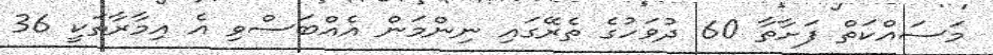
މަސައްކަތް ފަށާތާ 60 ދުވަހުގެ ތެރޭގައި ނިންމަން އެއްބަސްވި އެ އިމާރާތަކީ 36